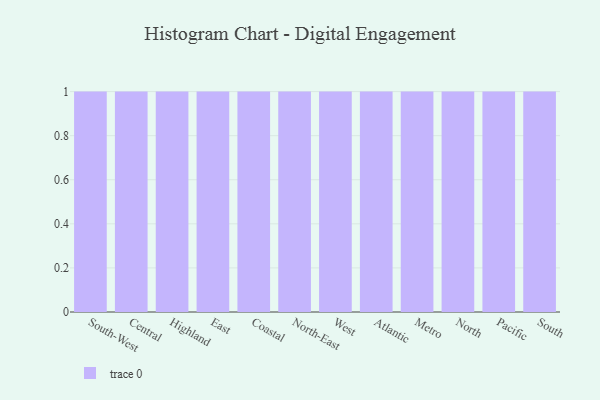
{"axis": {"x": "Region", "y": "Waste Production (Tons)"}, "legend": [""], "data": [{"x": "South-West", "y": 36, "type": ""}, {"x": "Central", "y": 68, "type": ""}, {"x": "Highland", "y": 17, "type": ""}, {"x": "East", "y": 19, "type": ""}, {"x": "Coastal", "y": 66, "type": ""}, {"x": "North-East", "y": 91, "type": ""}, {"x": "West", "y": 67, "type": ""}, {"x": "Atlantic", "y": 89, "type": ""}, {"x": "Metro", "y": 89, "type": ""}, {"x": "North", "y": 78, "type": ""}, {"x": "Pacific", "y": 31, "type": ""}, {"x": "South", "y": 93, "type": ""}]}